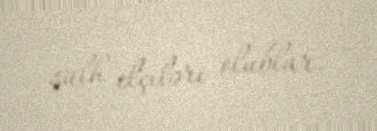
sülh elçiləri olublar.